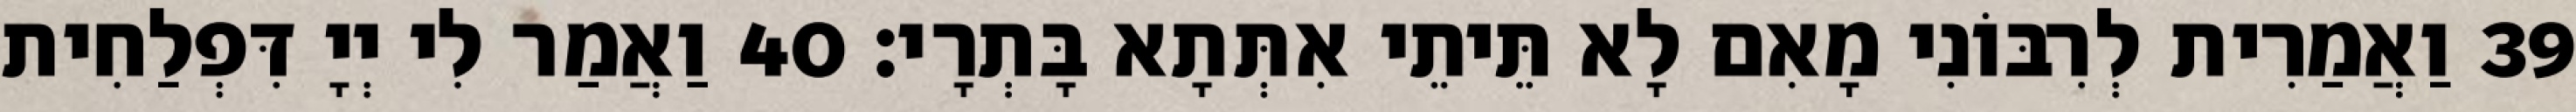
39 וַאֲמַרִית לְרִבּוֹנִי מָאִם לָא תֵּיתֵי אִתְּתָא בָּתְרָי׃ 40 וַאֲמַר לִי יְיָ דִּפְלַחִית